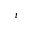
t